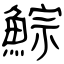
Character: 鯮